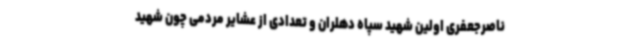
ناصرجعفری اولین شهید سپاه دهلران و تعدادی از عشایر مردمی چون شهید